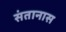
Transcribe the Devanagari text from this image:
संतानास